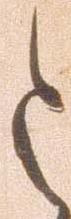
令